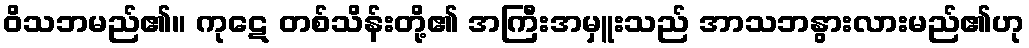
ဝိသဘမည်၏။ ကုဋေ တစ်သိန်းတို့၏ အကြီးအမှူးသည် အာသဘနွားလားမည်၏ဟု